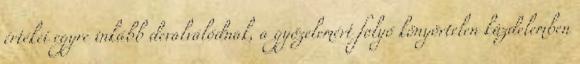
értékei egyre inkább devalválódnak, a győzelemért folyó könyörtelen küzdelemben